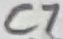
Text: C7